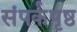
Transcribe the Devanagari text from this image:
संपर्कपृष्ठ